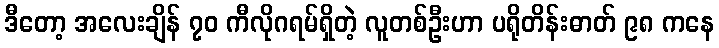
ဒီတော့ အလေးချိန် ၇၀ ကီလိုဂရမ်ရှိတဲ့ လူတစ်ဦးဟာ ပရိုတိန်းဓာတ် ၉၈ ကနေ